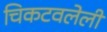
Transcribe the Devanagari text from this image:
चिकटवलेली